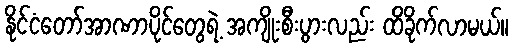
နိုင်ငံတော်အာဏာပိုင်တွေရဲ့ အကျိုးစီးပွားလည်း ထိခိုက်လာမယ်။